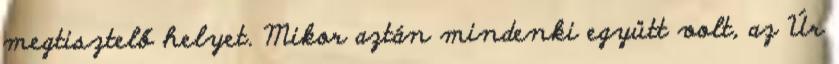
megtisztelő helyet. Mikor aztán mindenki együtt volt, az Úr